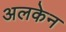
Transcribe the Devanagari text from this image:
अलकेन